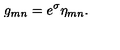
g _ { m n } = e ^ { \sigma } \eta _ { m n } .